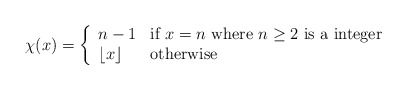
\begin{align*}\chi(x) = \left\{ \begin{array}{ll}n-1 & \textrm{if $x=n$ where $n\ge 2$ is a integer}\\\lfloor x\rfloor & \textrm{otherwise}\end{array} \right.\end{align*}